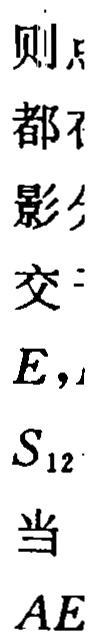
则

都

影

交

$E$，

$S_{12}$

当

$AE$